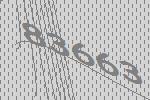
83663